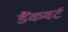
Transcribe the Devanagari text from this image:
डैंकवर्ट